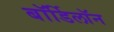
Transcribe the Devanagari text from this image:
बॉर्डिलॉन